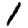
Digit: 1